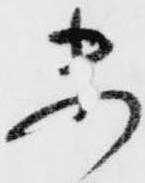
未